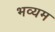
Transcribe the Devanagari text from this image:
भव्यम